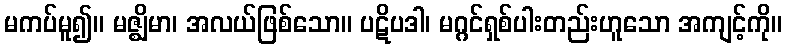
မကပ်မူ၍။ မဇ္ဈိမာ၊ အလယ်ဖြစ်သော။ ပဋိပဒါ၊ မဂ္ဂင်ရှစ်ပါးတည်းဟူသော အကျင့်ကို။